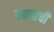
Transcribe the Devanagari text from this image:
यवनांची